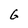
Character: G